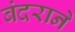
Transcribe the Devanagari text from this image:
बंदराने